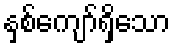
နှစ်ကျော်ရှိသော